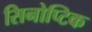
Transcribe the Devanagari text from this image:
सिनोप्टिक